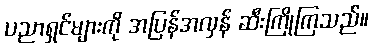
ပညာရှင်များကို အပြန်အလှန် ဆီးကြိုကြသည်။